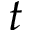
t